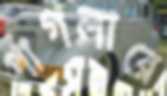
পাগলারে